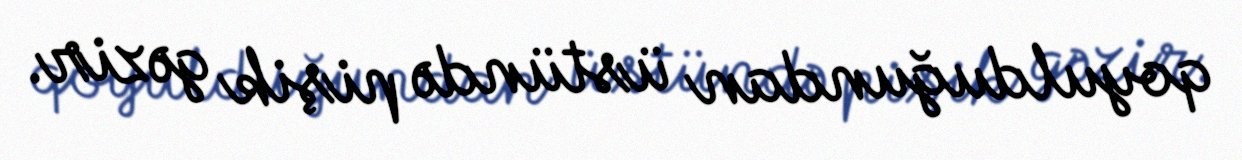
qoyulduğundan üstündə pişik gəzir.